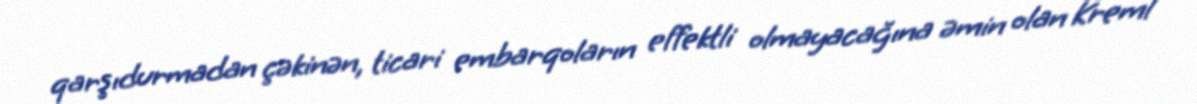
qarşıdurmadan çəkinən, ticari embarqoların effektli olmayacağına əmin olan Kreml